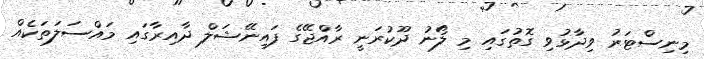
މިނިސްޓަރު ވިދާޅުވި ގޮތުގައި މި ލޯނު ދޫކުރަނީ ރާއްޖޭގެ ފައިނޭޝަލް ދާއިރާގައި މައްސަލަތަކެއް